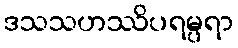
ဒသသဟဿိပရမ္ပရာ